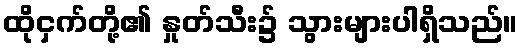
ထိုငှက်တို့၏ နှုတ်သီး၌ သွားများပါရှိသည်။